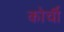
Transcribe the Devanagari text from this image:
कोर्ची